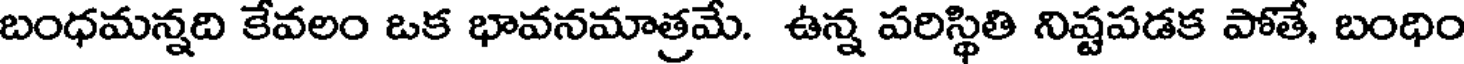
బంధమన్నది కేవలం ఒక భావనమాత్రమే. ఉన్న పరిస్థితి నిష్టపడక పోతే, బంధిం